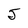
Character: 5